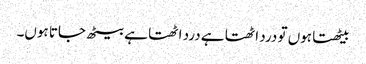
بیٹھتا ہوں تو درد اٹھتا ہے درد اٹھتا ہے بیٹھ جاتا ہوں۔